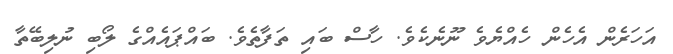
އަހަރެން އެހެން ހެއްޔެވެ ނޫނެކެވެ. ހާސް ބައި ތަފާތެވެ. ބައްޕައެއްގެ ލޯބި ނުލިބޭތާ